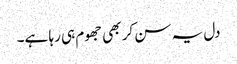
دل یہ سن کر بھی جھوم ہی رہا ہے۔